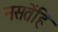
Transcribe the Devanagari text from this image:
नसतेंहि